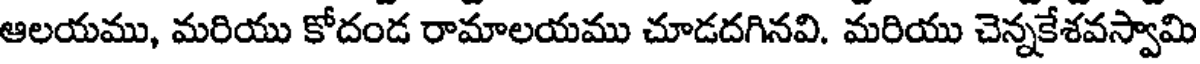
ఆలయము, మరియు కోదండ రామాలయము చూడదగినవి. మరియు చెన్నకేశవస్వామి